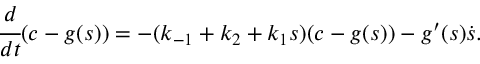
\cfrac { d } { d t } ( c - g ( s ) ) = - ( k _ { - 1 } + k _ { 2 } + k _ { 1 } s ) ( c - g ( s ) ) - g ^ { \prime } ( s ) \dot { s } .